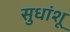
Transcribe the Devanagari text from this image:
सुधांशू